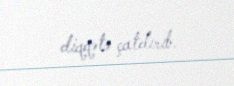
diqqətə çatdırıb.